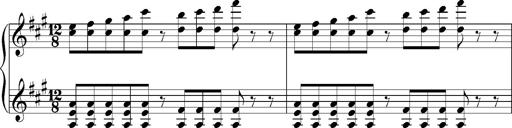
Title: PensÃ©es (Nocturne)
Composer: Franz Liszt
Key: A major